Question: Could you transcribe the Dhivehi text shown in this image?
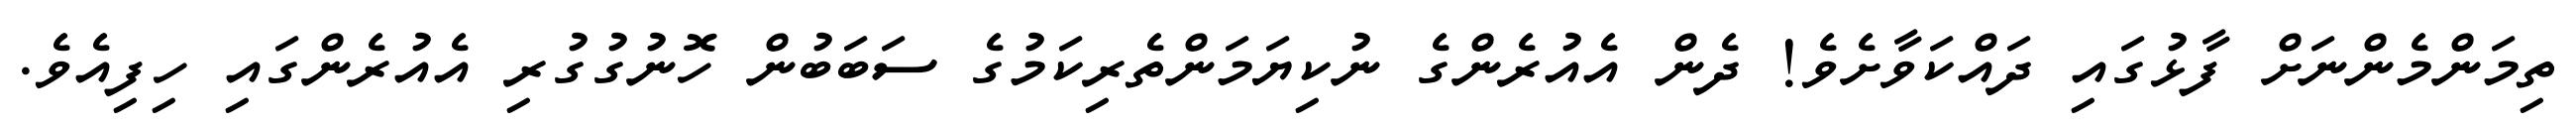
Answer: ތިމަންމެންނަށް ފާޅުގައި ދައްކަވާށެވެ! ދެން އެއުރެންގެ ނުކިޔަމަންތެރިކަމުގެ ސަބަބުން ހޮނުގުގުރި އެއުރެންގައި ހިފިއެވެ.